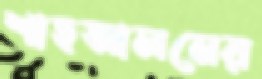
শাহআলমের